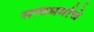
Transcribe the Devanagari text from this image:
सत्यधर्माचे